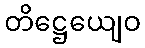
တိဋ္ဌေယျေဝ